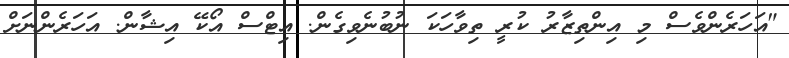
"އަހަރެންވެސް މި އިންތިޒާރު ކުރީ ތިވާހަކަ ނުބުނެވިގެން. އިޓްސް އޯކޭ އިޝާން. އަހަރެންނަށް